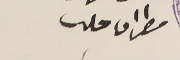
مطران حلب